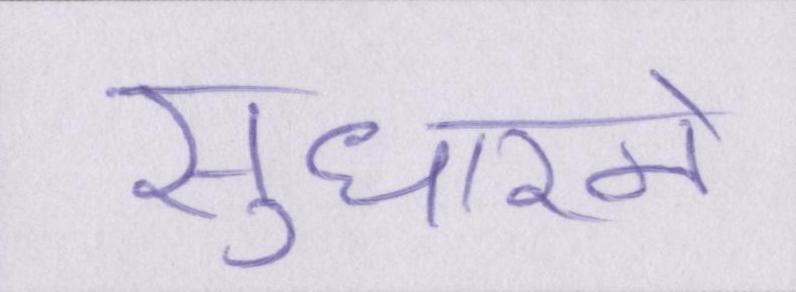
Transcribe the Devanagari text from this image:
सुधारने